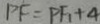
P F = P F _ { 1 } + 4